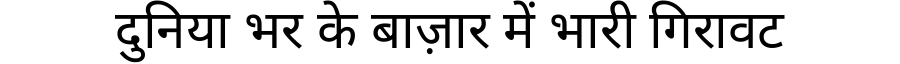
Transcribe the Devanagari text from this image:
दुनिया भर के बाज़ार में भारी गिरावट